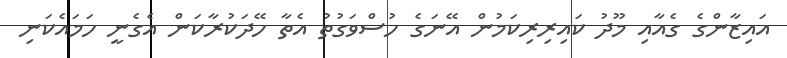
އައިޒާންގެ ގެއާއި މޫދު ކައިރިރިކަމުން އޭނަގެ ހުސްވަގުތު އެތާ ހޭދަކުރާކަން އެގެނީ ހަމައެކަނި